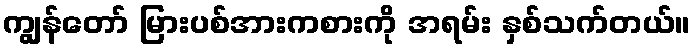
ကျွန်တော် မြားပစ်အားကစားကို အရမ်း နှစ်သက်တယ်။